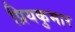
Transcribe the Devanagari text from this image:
प्रियकुमार